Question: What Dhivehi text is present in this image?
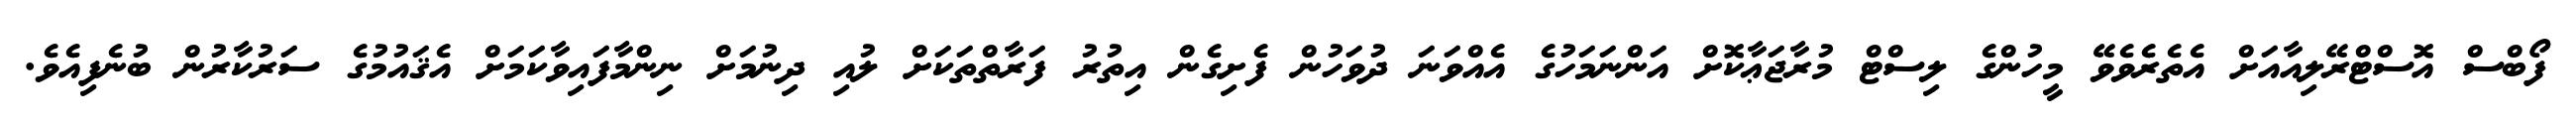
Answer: ފޯބްސް އޮސްޓްރޭލިއާއަށް އެތެރެވެވޭ މީހުންގެ ލިސްޓް މުރާޖަޢާކޮށް އަންނަމަހުގެ އެއްވަނަ ދުވަހުން ފެށިގެން އިތުރު ފަރާތްތަކަށް ލުއި ދިނުމަށް ނިންމާފައިވާކަމަށް އެޤައުމުގެ ސަރުކާރުން ބުނެފިއެވެ.